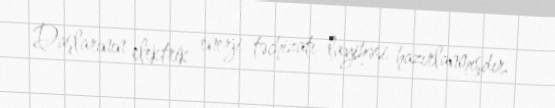
Daşlarının elektrik enerji təchizatı layihəsi hazırlanmışdır.